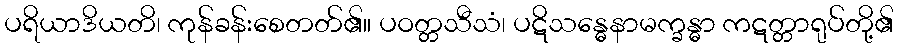
ပရိယာဒိယတိ၊ ကုန်ခန်းစေတတ်၏။ ပဝတ္တသီသံ၊ ပဋိသန္ဓေနာမက္ခန္ဓာ ကဋတ္တာရုပ်တို့၏